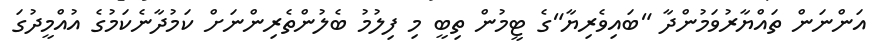
އަންނަން ތައްޔާރުވަމުންދާ "ބައިވެރިޔާ"ގެ ޓީމުން ތިބީ މި ފިލުމު ބެލުންތެރިންނަށް ކަމުދާނެކަމުގެ އުއްމީދުގަ